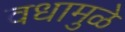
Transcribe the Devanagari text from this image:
वधामुळे